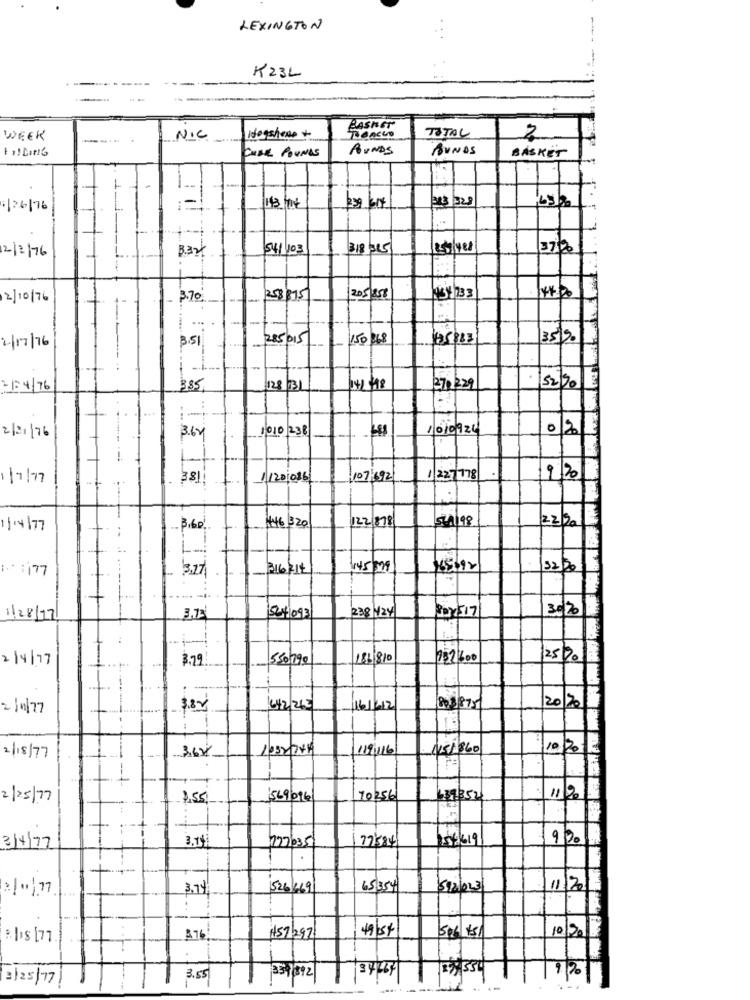
LEXINGTON
K23L
BASKET
WEEK
-.. .
NIC
Hogsheas +
TOTAL
2
ROUNDS
BUNDS
CUBE POUNDS
BASKET
343 329
1/26/76
143 Kat
339 KOE
B32
54/103
3718
12/2/76
12/10/76
B.70
-
258875
2051858
433733
1- -
285015
150
268
35/90
2/17/76
3.51
-14/76
385
128 731
27. 1229
5230
1010 238
10/0926
2/21/76
3.6%
17/77
11201086/
107/192
1227778
9/20/
122 878
1/14/77
3,60
146 320
22/20
1. 1177
3.17
316/14
145 329
32/20
+
238 124
Por517
30/20
1/28/17
3.72
5241093
2/4/77
3.79
550,79€
186810
9321600
-
20/20
2/1/77
642/265
16/2012
Ma
1052744
119/116
151860
10/20 2
2/18/77
1
2/25/77
$,55
569096
70256
119352
11/2
3,14
77584
154/19
3/4/77
227635
:1177
3.74
526469
65354
5921023
11/20
10/20
8 18 177
A 16
#57297
12 330
1/2
3/25/77
3.55
351392
--
4.
--